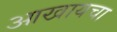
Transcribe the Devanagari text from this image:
आखायचा